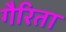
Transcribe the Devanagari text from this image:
गैरिता